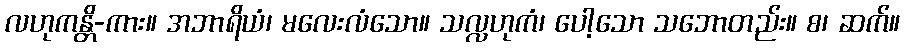
လဟုကန္တိ-ကား။ အဘာရိယံ၊ မလေးလံသော။ သလ္လဟုကံ၊ ပေါ့သော သဘောတည်း။ စ၊ ဆက်။